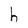
Character: h